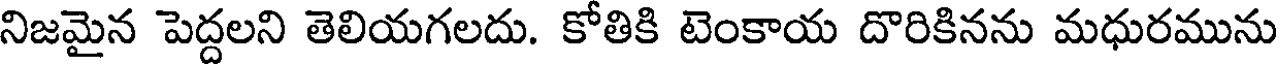
నిజమైన పెద్దలని తెలియగలదు. కోతికి టెంకాయ దొరికినను మధురమును